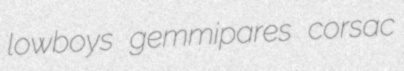
lowboys gemmipares corsac